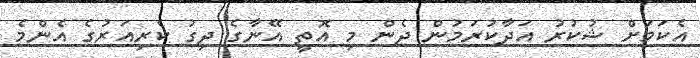
އެކަމަށް ޝުކުރު އަދާކުރަމުން ދެން މި އޮތީ އޭނާގެ ދިގު ކެރިއަރުގެ އެންމެ